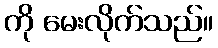
ကို မေးလိုက်သည်။